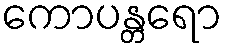
ကောပန္တရော